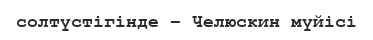
солтүстігінде – Челюскин мүйісі